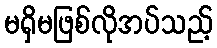
မရှိမဖြစ်လိုအပ်သည့်